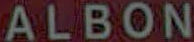
ALBON